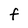
Character: f